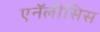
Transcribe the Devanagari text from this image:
एनॅलीसिस